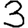
Digit: 3